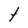
Character: t